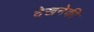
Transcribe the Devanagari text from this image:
देखनेकी